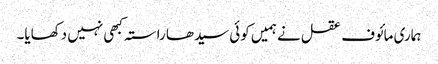
ہماری مائوف عقل نے ہمیں کوئی سیدھا راستہ کبھی نہیں دکھایا۔